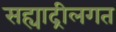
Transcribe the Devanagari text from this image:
सह्याद्रीलगत